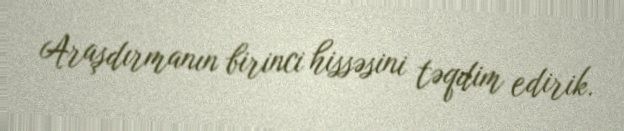
Araşdırmanın birinci hissəsini təqdim edirik.